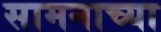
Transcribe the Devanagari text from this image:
सामनाच्या